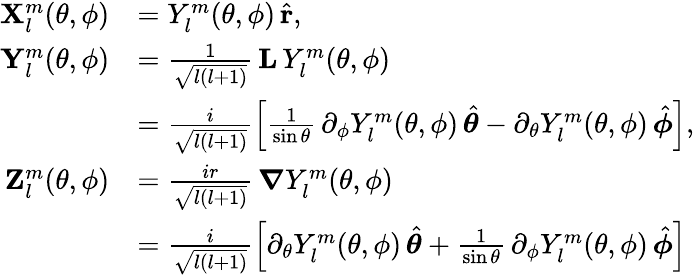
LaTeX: \begin{array}{rl}{\boldsymbol{\mathbf{X}}_{l}^{m}(\theta,\phi)}&{=Y_{l}^{m}(\theta,\phi)\, \hat{\boldsymbol{\mathbf{r}}},}\\ {\boldsymbol{\mathbf{Y}}_{l}^{m}(\theta,\phi)}&{=\frac{1}{\sqrt{l(l+1)}}\, \mathbf{L}\, Y_{l}^{m}(\theta,\phi)}\\ &{=\frac{i}{\sqrt{l(l+1)}}\left[\frac{1}{\sin\theta}\, \partial_{\phi}Y_{l}^{m}(\theta,\phi)\, \hat{\boldsymbol{\theta}}-\partial_{\theta}Y_{l}^{m}(\theta,\phi)\, \hat{\boldsymbol{\phi}}\right],}\\ {\boldsymbol{\mathbf{Z}}_{l}^{m}(\theta,\phi)}&{=\frac{ir}{\sqrt{l(l+1)}}\, \boldsymbol{\nabla}Y_{l}^{m}(\theta,\phi)}\\ &{=\frac{i}{\sqrt{l(l+1)}}\left[\partial_{\theta}Y_{l}^{m}(\theta,\phi)\, \hat{\boldsymbol{\theta}}+\frac{1}{\sin\theta}\, \partial_{\phi}Y_{l}^{m}(\theta,\phi)\, \hat{\boldsymbol{\phi}}\right]}\end{array}